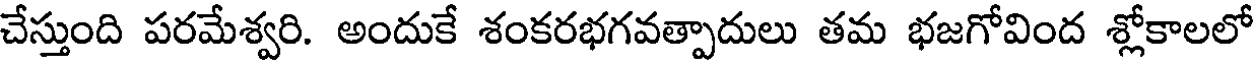
చేస్తుంది పరమేశ్వరి. అందుకే శంకరభగవత్పాదులు తమ భజగోవింద శ్లోకాలలో